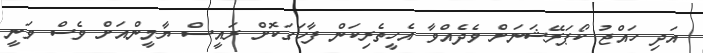
އަދި ހައްޖު ކޯޕަރޭޝަނަށް ވެދެއްވާ އެހީތެރިކަން ފާހަގަކޮށް ރައީސް ޔާމީންއަށް ވެސް ވަނީ